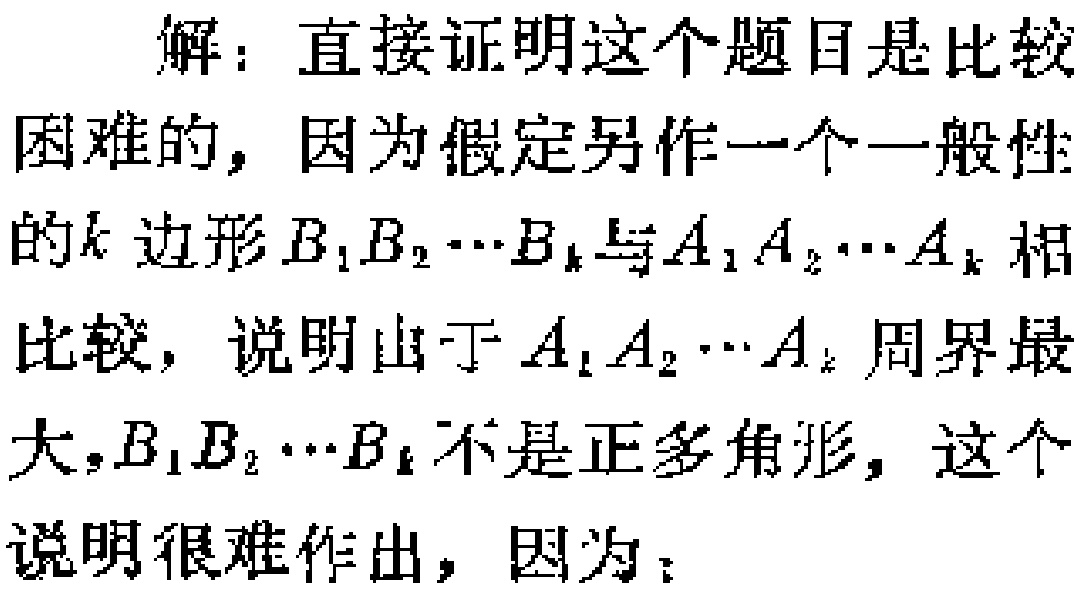
解：直接证明这个题目是比较

困难的，因为假定另作一个一般性

的\(k\)边形\(B_{1}B_{2}\cdots B_{k}\)与\(A_{1}A_{2}\cdots A_{k}\)相

比较，说明由于\(A_{1}A_{2}\cdots A_{k}\)周界最

大，\(B_{1}B_{2}\cdots B_{k}\)不是正多角形，这个

说明很难作出，因为：